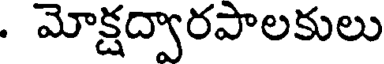
. మోక్షద్వారపాలకులు